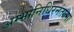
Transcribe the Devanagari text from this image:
अम्भोनिधिरनंतात्मा